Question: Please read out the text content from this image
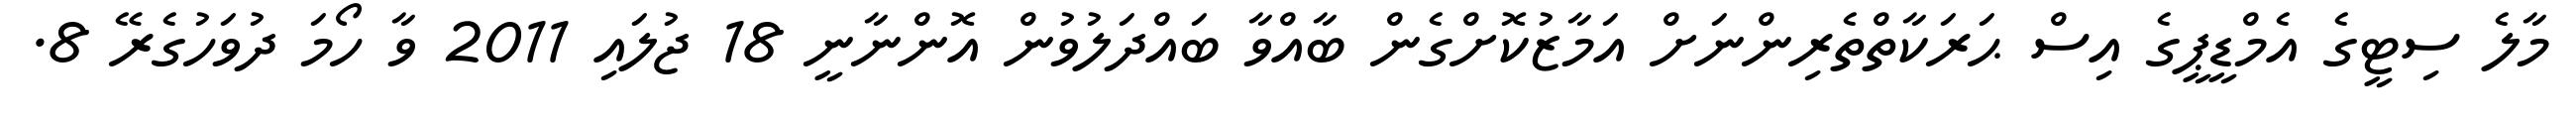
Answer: މާލެ ސިޓީގެ އެމްޑީޕީގެ އިސް ޙަރަކާތްތެރިންނަށް އަމާޒުކޮށްގެން ބާއްވާ ބައްދަލުވުން އޮންނާނީ 18 ޖުލައި 2011 ވާ ހޯމަ ދުވަހުގެރޭ 8.